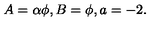
A = \alpha \phi , B = \phi , a = - 2 .